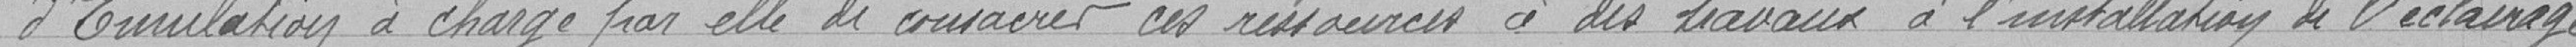
d'Emulation à charge par elle de consacrer ces ressources à l'installation de l'éclairage